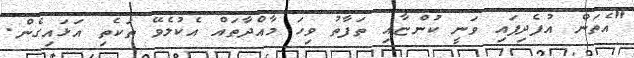
"އެތަން އުފެދިފައި ވަނީ ކުންޏާއި ތަފާތު ވިހަ މާއްދާތައް އެކުލެވޭ ތަކެތި އަޅައިގެން.